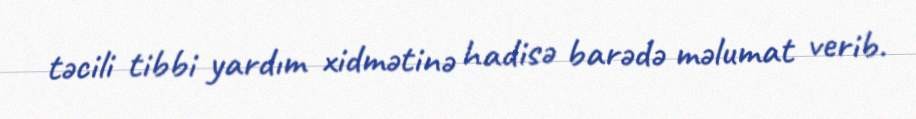
təcili tibbi yardım xidmətinə hadisə barədə məlumat verib.